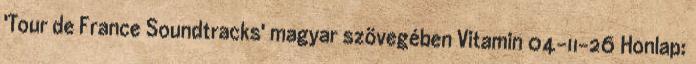
'Tour de France Soundtracks' magyar szövegében Vitamin 04-11-26 Honlap: